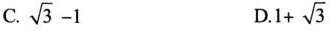
C.$$\sqrt{3} - 1$$ D. $$1 + \sqrt{3}$$